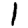
Digit: 1